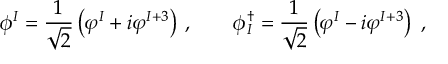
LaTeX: \phi ^ { I } = \frac { 1 } { \sqrt { 2 } } \left( \varphi ^ { I } + i \varphi ^ { I + 3 } \right) \: , \qquad \phi _ { I } ^ { \dagger } = \frac { 1 } { \sqrt { 2 } } \left( \varphi ^ { I } - i \varphi ^ { I + 3 } \right) \; ,